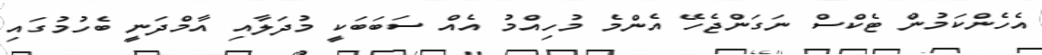
އެހެންކަމުން ޓެކްސް ނަގަންޖެހޭ އެންމެ މުހިއްމު އެއް ސަބަބަކީ މުދަލާއި އާމްދަނީ ބެހުމުގައި